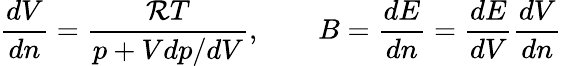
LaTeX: \frac{dV}{dn}=\frac{\mathcal{R}T}{p+Vdp/dV},\qquad B=\frac{dE}{dn}=\frac{dE}{dV}\frac{dV}{dn}